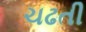
ચઢતી